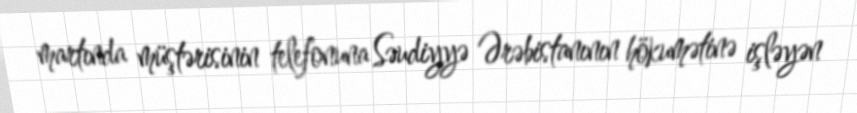
martında müştərisinin telefonuna Səudiyyə Ərəbistanının hökumətinə işləyən